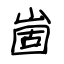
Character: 崮